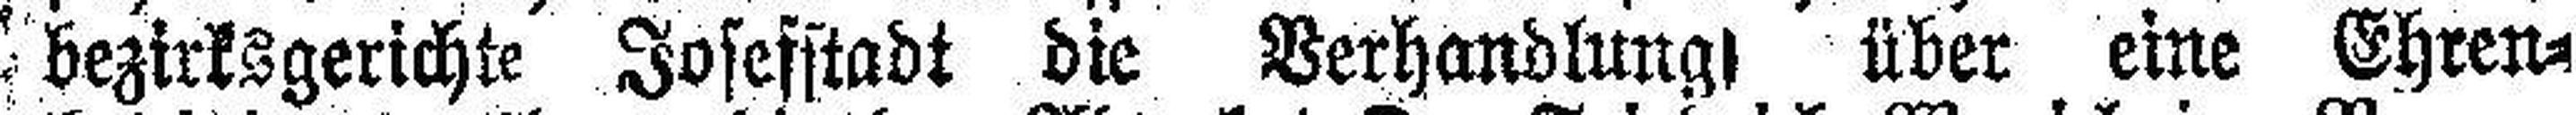
bezirksgerichte Josefstadt die Verhandlung über eine Ehren¬